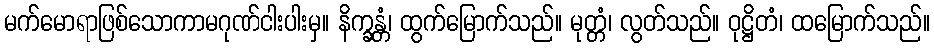
မက်မောရာဖြစ်သောကာမဂုဏ်ငါးပါးမှ။ နိက္ခန္တံ၊ ထွက်မြောက်သည်။ မုတ္တံ၊ လွတ်သည်။ ဝုဋ္ဌိတံ၊ ထမြောက်သည်။